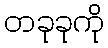
တခုခုကို